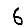
Digit: 6